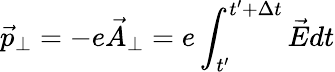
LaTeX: \vec{p}_{\perp}=-e\vec{A}_{\perp}=e\int_{t^{\prime}}^{t^{\prime}+\Delta t}\vec{E}dt